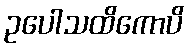
ဥပေါသထိကောပိ